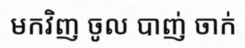
មកវិញ ចូល បាញ់ ចាក់